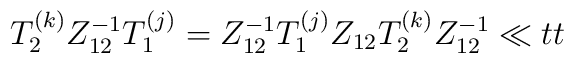
T_{2 }^{(k)} Z_{12}^{-1}T_{1 }^{ (j)}= Z_{12}^{-1}T_{1 }^{(j)} Z_{12} T_{2 }^{ (k)}Z_{12}^{-1}\ll{tt}